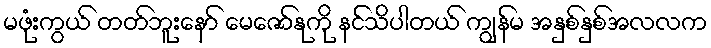
မဖုံးကွယ် တတ်ဘူးနော် မေဇော်နုကို နင်သိပါတယ် ကျွန်မ အနှစ်နှစ်အလလက